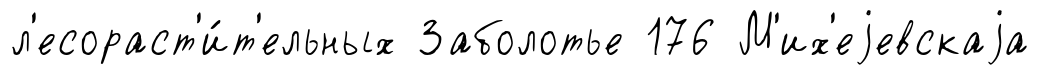
л'есораст'и́т'ельных Заболотье 176 М'их'еjевскаjа